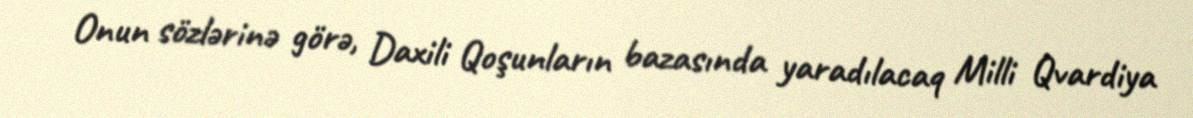
Onun sözlərinə görə, Daxili Qoşunların bazasında yaradılacaq Milli Qvardiya